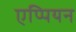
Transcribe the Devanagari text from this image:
एप्पियन